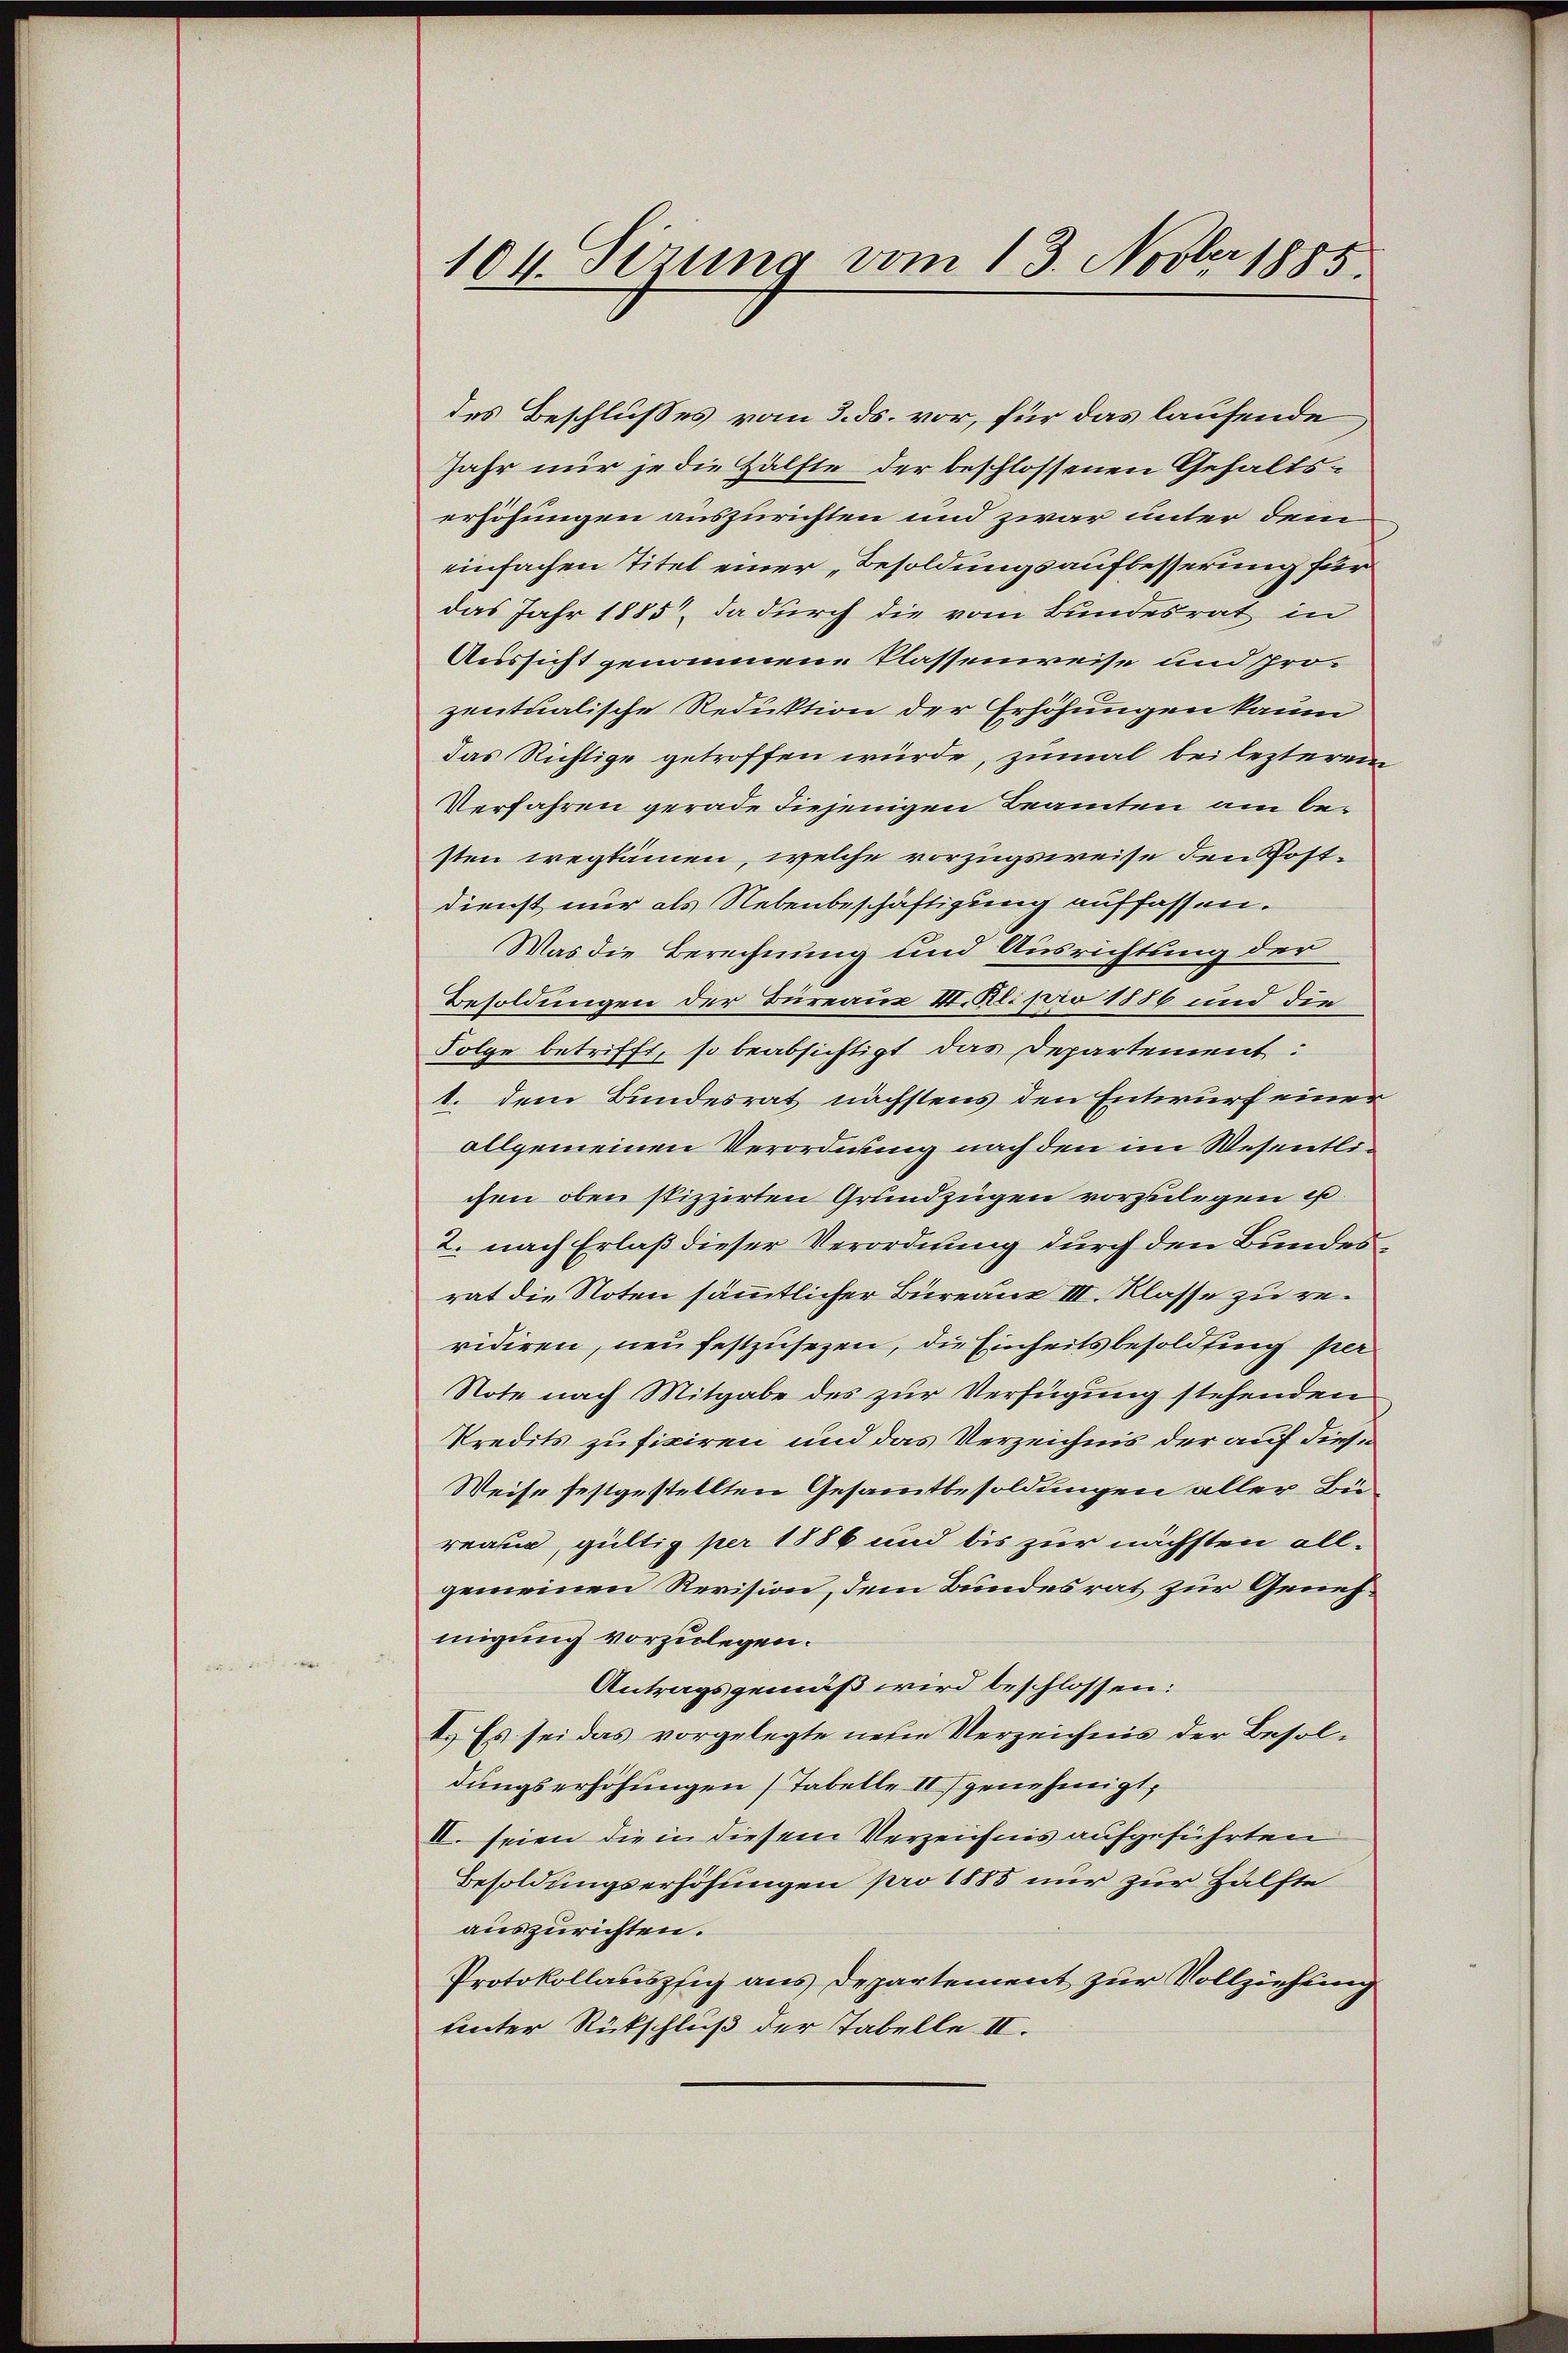
104. Sirung vom 13. Novber 1885

des Beschlusses vom 3. ds. vor, für das laufende
Jahr nur je die Hälfte der beschlossenen Gehaltserhöhungen auszurichten und zwar unter dem
einfachen Titel einer „Besoldungsaufbesserung für
das Jahr 1885, da durch die vom Bundesrat in
Aussicht genommene Klassenweise und pro-
zentualische Reduktion der Erhöhungen kaum
das Richtige getroffen würde, zumal bei lezterem
Verfahren gerade diejenigen Beamten am besten wegsämen, welche vorzugsweise den Postdienst nur als Nebenbeschäftigung auffassen.
Was die Berechnung und Ausrichtung der
Besoldungen der Bureaus II. Kl. pro 1886 und die
Folge betrifft, so beabsichtigt das Departement:
1. dem Bundesrat nächstens den Entwurf einer
allgemeinen Verordnung nach den im Wesentlichen oben stizzierten Grundzügen vorzulegen ist.
2. nach Erlaß dieser Verordnung durch den Bundesrat die Noten sämmtlicher Bureaux III. Klasse zu revidiren, neu festzusezen, die Einheitsbesoldung per
Note nach Mitgabe des zur Verfügung stehenden
kredits zufixiren und das Verzeichnis der auf diese
Weise festgestellten Gesammtbesoldungen aller Büreau, gültig per 1886 und bis zur nächsten all-
gemeinen Revision, dem Bundesrat zur Genehmigung vorzulegen.
Antragsgemäß wird beschlossen:
4.) Es sei das vorgelegte neue Verzeichnis der Besoldungserhöhungen (Tabelle II genehmigt,
II. seien die in diesem Verzeichnis aufgeführten
Besoldungserhöhungen pro 1885 nur zur Hälfte
auszurichten.
Protokollauspfig aus Departement zur Vollziehung
tenter Rückschluß der Tabelle II.